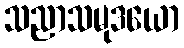
သညာသမုဒယော